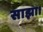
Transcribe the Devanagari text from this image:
साझा।